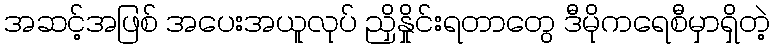
အဆင့်အဖြစ် အပေးအယူလုပ် ညှိနှိုင်းရတာတွေ ဒီမိုကရေစီမှာရှိတဲ့